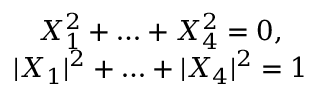
\begin{array} { c } { { X _ { 1 } ^ { 2 } + \ldots + X _ { 4 } ^ { 2 } = 0 , } } \\ { { | X _ { 1 } | ^ { 2 } + \ldots + | X _ { 4 } | ^ { 2 } = 1 } } \end{array}